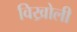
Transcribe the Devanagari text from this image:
विख्रोली